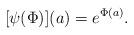
LaTeX: \begin{align*} [\psi(\Phi)](a) = e^{\Phi(a)}.\end{align*}